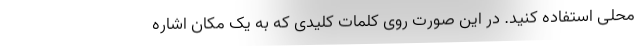
محلی استفاده کنید. در این صورت روی کلمات کلیدی که به یک مکان اشاره